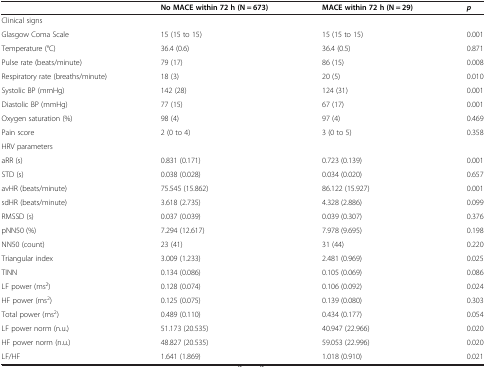
<table><thead><tr><td><b> </b></td><td><b>No MACE within 72 h (N = 673)</b></td><td><b>MACE within 72 h (N = 29)</b></td><td><b><i>p</i></b></td></tr></thead><tbody><tr><td>Clinical signs</td><td> </td><td> </td><td> </td></tr><tr><td>Glasgow Coma Scale</td><td>15 (15 to 15)</td><td>15 (15 to 15)</td><td>0.001</td></tr><tr><td>Temperature (°C)</td><td>36.4 (0.6)</td><td>36.4 (0.5)</td><td>0.871</td></tr><tr><td>Pulse rate (beats/minute)</td><td>79 (17)</td><td>86 (15)</td><td>0.008</td></tr><tr><td>Respiratory rate (breaths/minute)</td><td>18 (3)</td><td>20 (5)</td><td>0.010</td></tr><tr><td>Systolic BP (mmHg)</td><td>142 (28)</td><td>124 (31)</td><td>0.001</td></tr><tr><td>Diastolic BP (mmHg)</td><td>77 (15)</td><td>67 (17)</td><td>0.001</td></tr><tr><td>Oxygen saturation (%)</td><td>98 (4)</td><td>97 (4)</td><td>0.469</td></tr><tr><td>Pain score</td><td>2 (0 to 4)</td><td>3 (0 to 5)</td><td>0.358</td></tr><tr><td>HRV parameters</td><td> </td><td> </td><td> </td></tr><tr><td>aRR (s)</td><td>0.831 (0.171)</td><td>0.723 (0.139)</td><td>0.001</td></tr><tr><td>STD (s)</td><td>0.038 (0.028)</td><td>0.034 (0.020)</td><td>0.657</td></tr><tr><td>avHR (beats/minute)</td><td>75.545 (15.862)</td><td>86.122 (15.927)</td><td>0.001</td></tr><tr><td>sdHR (beats/minute)</td><td>3.618 (2.735)</td><td>4.328 (2.886)</td><td>0.099</td></tr><tr><td>RMSSD (s)</td><td>0.037 (0.039)</td><td>0.039 (0.307)</td><td>0.376</td></tr><tr><td>pNN50 (%)</td><td>7.294 (12.617)</td><td>7.978 (9.695)</td><td>0.198</td></tr><tr><td>NN50 (count)</td><td>23 (41)</td><td>31 (44)</td><td>0.220</td></tr><tr><td>Triangular index</td><td>3.009 (1.233)</td><td>2.481 (0.969)</td><td>0.025</td></tr><tr><td>TINN</td><td>0.134 (0.086)</td><td>0.105 (0.069)</td><td>0.086</td></tr><tr><td>LF power (ms<sup>2</sup>)</td><td>0.128 (0.074)</td><td>0.106 (0.092)</td><td>0.024</td></tr><tr><td>HF power (ms<sup>2</sup>)</td><td>0.125 (0.075)</td><td>0.139 (0.080)</td><td>0.303</td></tr><tr><td>Total power (ms<sup>2</sup>)</td><td>0.489 (0.110)</td><td>0.434 (0.177)</td><td>0.054</td></tr><tr><td>LF power norm (n.u.)</td><td>51.173 (20.535)</td><td>40.947 (22.966)</td><td>0.020</td></tr><tr><td>HF power norm (n.u.)</td><td>48.827 (20.535)</td><td>59.053 (22.996)</td><td>0.020</td></tr><tr><td>LF/HF</td><td>1.641 (1.869)</td><td>1.018 (0.910)</td><td>0.021</td></tr></tbody></table>